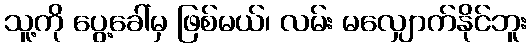
သူ့ကို ပွေ့ခေါ်မှ ဖြစ်မယ်၊ လမ်း မလျှောက်နိုင်ဘူး